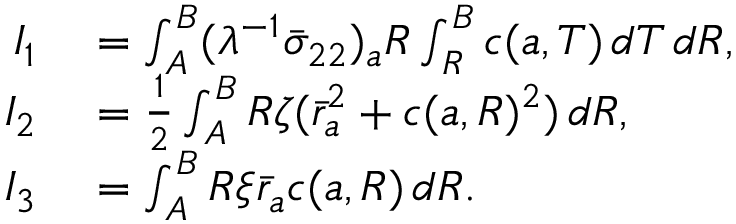
\begin{array} { r l } { I _ { 1 } } & { { } = \int _ { A } ^ { B } ( \lambda ^ { - 1 } \bar { \sigma } _ { 2 2 } ) _ { a } R \int _ { R } ^ { B } c ( { a } , T ) \, d T \, d R , } \\ { I _ { 2 } } & { { } = \frac { 1 } { 2 } \int _ { A } ^ { B } R \zeta ( \bar { r } _ { a } ^ { 2 } + c ( { a } , R ) ^ { 2 } ) \, d R , } \\ { I _ { 3 } } & { { } = \int _ { A } ^ { B } R \xi \bar { r } _ { a } c ( { a } , R ) \, d R . } \end{array}